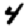
Digit: 4